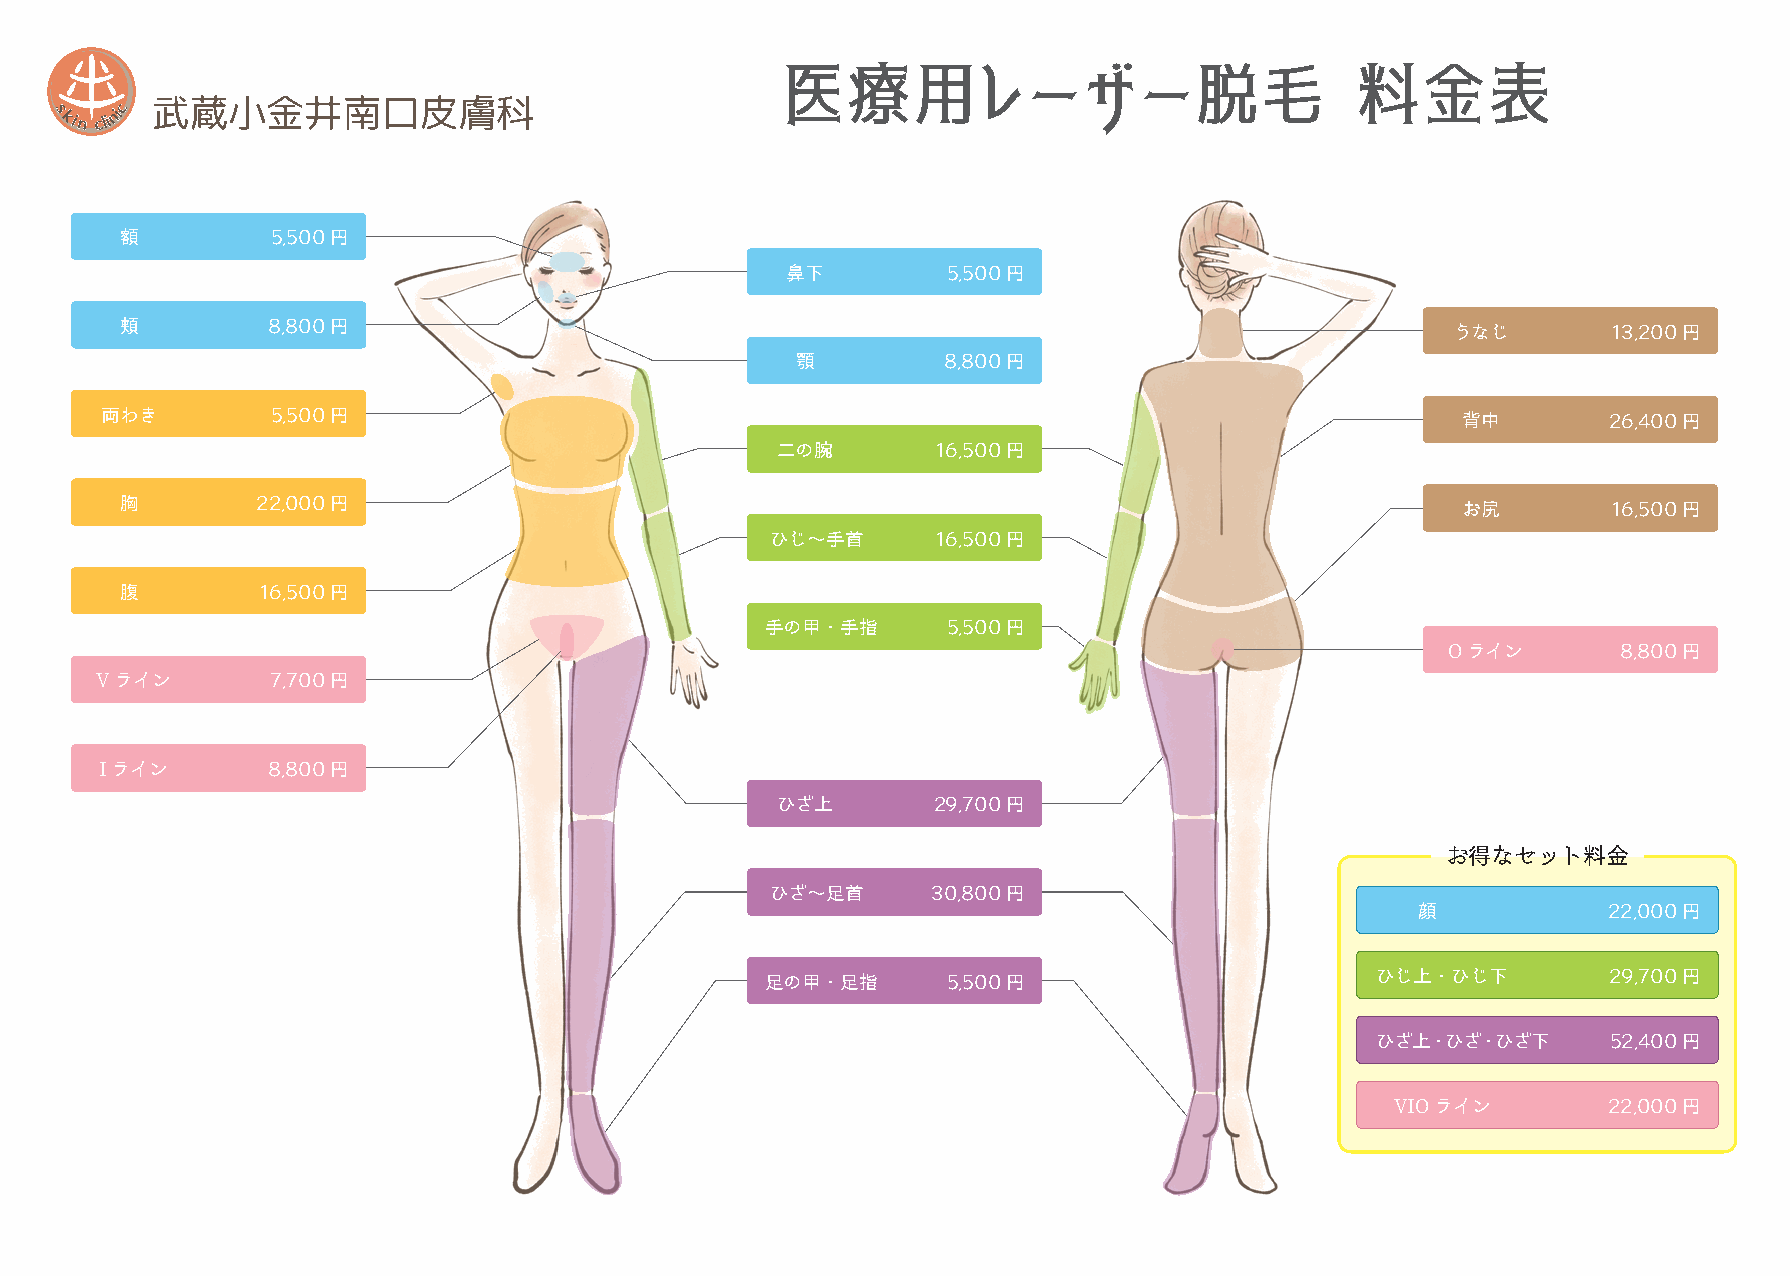
額         5,500円
 鼻下         5,500円
 頬         8,800円                                                                        うなじ        13,200円
 顎        8,800円
 両わき        5,500円                                                                         背中       26,400円
 二の腕        16,500円
 胸        22,000円                                                                         お尻        16,500円
 ひじ〜手首      16,500円
 腹        16,500円
 手の甲・手指      5,500円
 ライン       8,800円
 O
 ライン       7,700円
 V
 ライン        8,800円
 I
 ひざ上        29,700円
 お得なセット料金
 ひざ〜足首      30,800円
 顔           22,000円
 足の甲・足指      5,500円                      ひじ上・ひじ下         29,700円
 ひざ上・ひざ・ひざ下      52,400円
 ライン        22,000円
 VIO